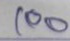
100